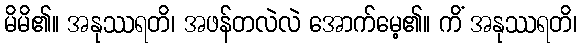
မိမိ၏။ အနုဿရတိ၊ အဖန်တလဲလဲ အောက်မေ့၏။ ကိံ အနုဿရတိ၊